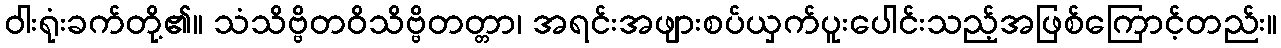
ဝါးရုံးခက်တို့၏။ သံသိဗ္ဗိတဝိသိဗ္ဗိတတ္တာ၊ အရင်းအဖျားစပ်ယှက်ပူးပေါင်းသည့်အဖြစ်ကြောင့်တည်း။